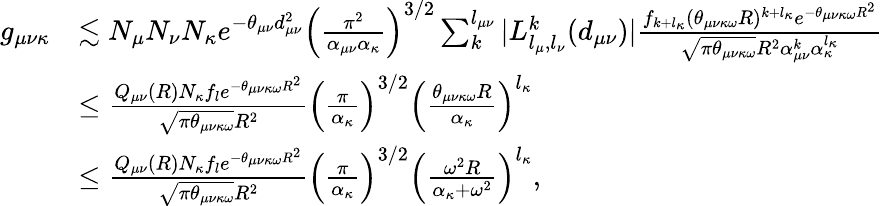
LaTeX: \begin{array}{rl}{g_{\mu\nu\kappa}}&{\lesssim N_{\mu}N_{\nu}N_{\kappa}e^{-\theta_{\mu\nu}d_{\mu\nu}^{2}}\Big(\frac{\pi^{2}}{\alpha_{\mu\nu}\alpha_{\kappa}}\Big)^{3/2}\sum_{k}^{l_{\mu\nu}}|L_{l_{\mu},l_{\nu}}^{k}(d_{\mu\nu})|\frac{f_{k+l_{\kappa}}(\theta_{\mu\nu\kappa\omega}R)^{k+l_{\kappa}}e^{-\theta_{\mu\nu\kappa\omega}R^{2}}}{\sqrt{\pi\theta_{\mu\nu\kappa\omega}}R^{2}\alpha_{\mu\nu}^{k}\alpha_{\kappa}^{l_{\kappa}}}}\\ &{\leq\frac{Q_{\mu\nu}(R)N_{\kappa}f_{l}e^{-\theta_{\mu\nu\kappa\omega}R^{2}}}{\sqrt{\pi\theta_{\mu\nu\kappa\omega}}R^{2}}\Big(\frac{\pi}{\alpha_{\kappa}}\Big)^{3/2}\Big(\frac{\theta_{\mu\nu\kappa\omega}R}{\alpha_{\kappa}}\Big)^{l_{\kappa}}}\\ &{\leq\frac{Q_{\mu\nu}(R)N_{\kappa}f_{l}e^{-\theta_{\mu\nu\kappa\omega}R^{2}}}{\sqrt{\pi\theta_{\mu\nu\kappa\omega}}R^{2}}\Big(\frac{\pi}{\alpha_{\kappa}}\Big)^{3/2}\Big(\frac{\omega^{2}R}{\alpha_{\kappa}+\omega^{2}}\Big)^{l_{\kappa}},}\end{array}